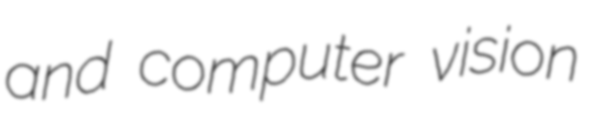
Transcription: and computer vision